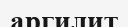
аргилит